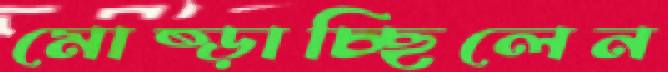
মোষ্‌ড়াচ্ছিলেন